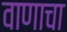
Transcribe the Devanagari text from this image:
वाणाचा